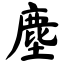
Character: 麈